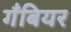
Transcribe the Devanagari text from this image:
गँबियर